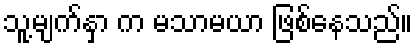
သူ့မျက်နှာ က မသာမယာ ဖြစ်နေသည်။